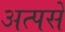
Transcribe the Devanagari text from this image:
अत्पसे